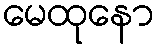
မေထုနော